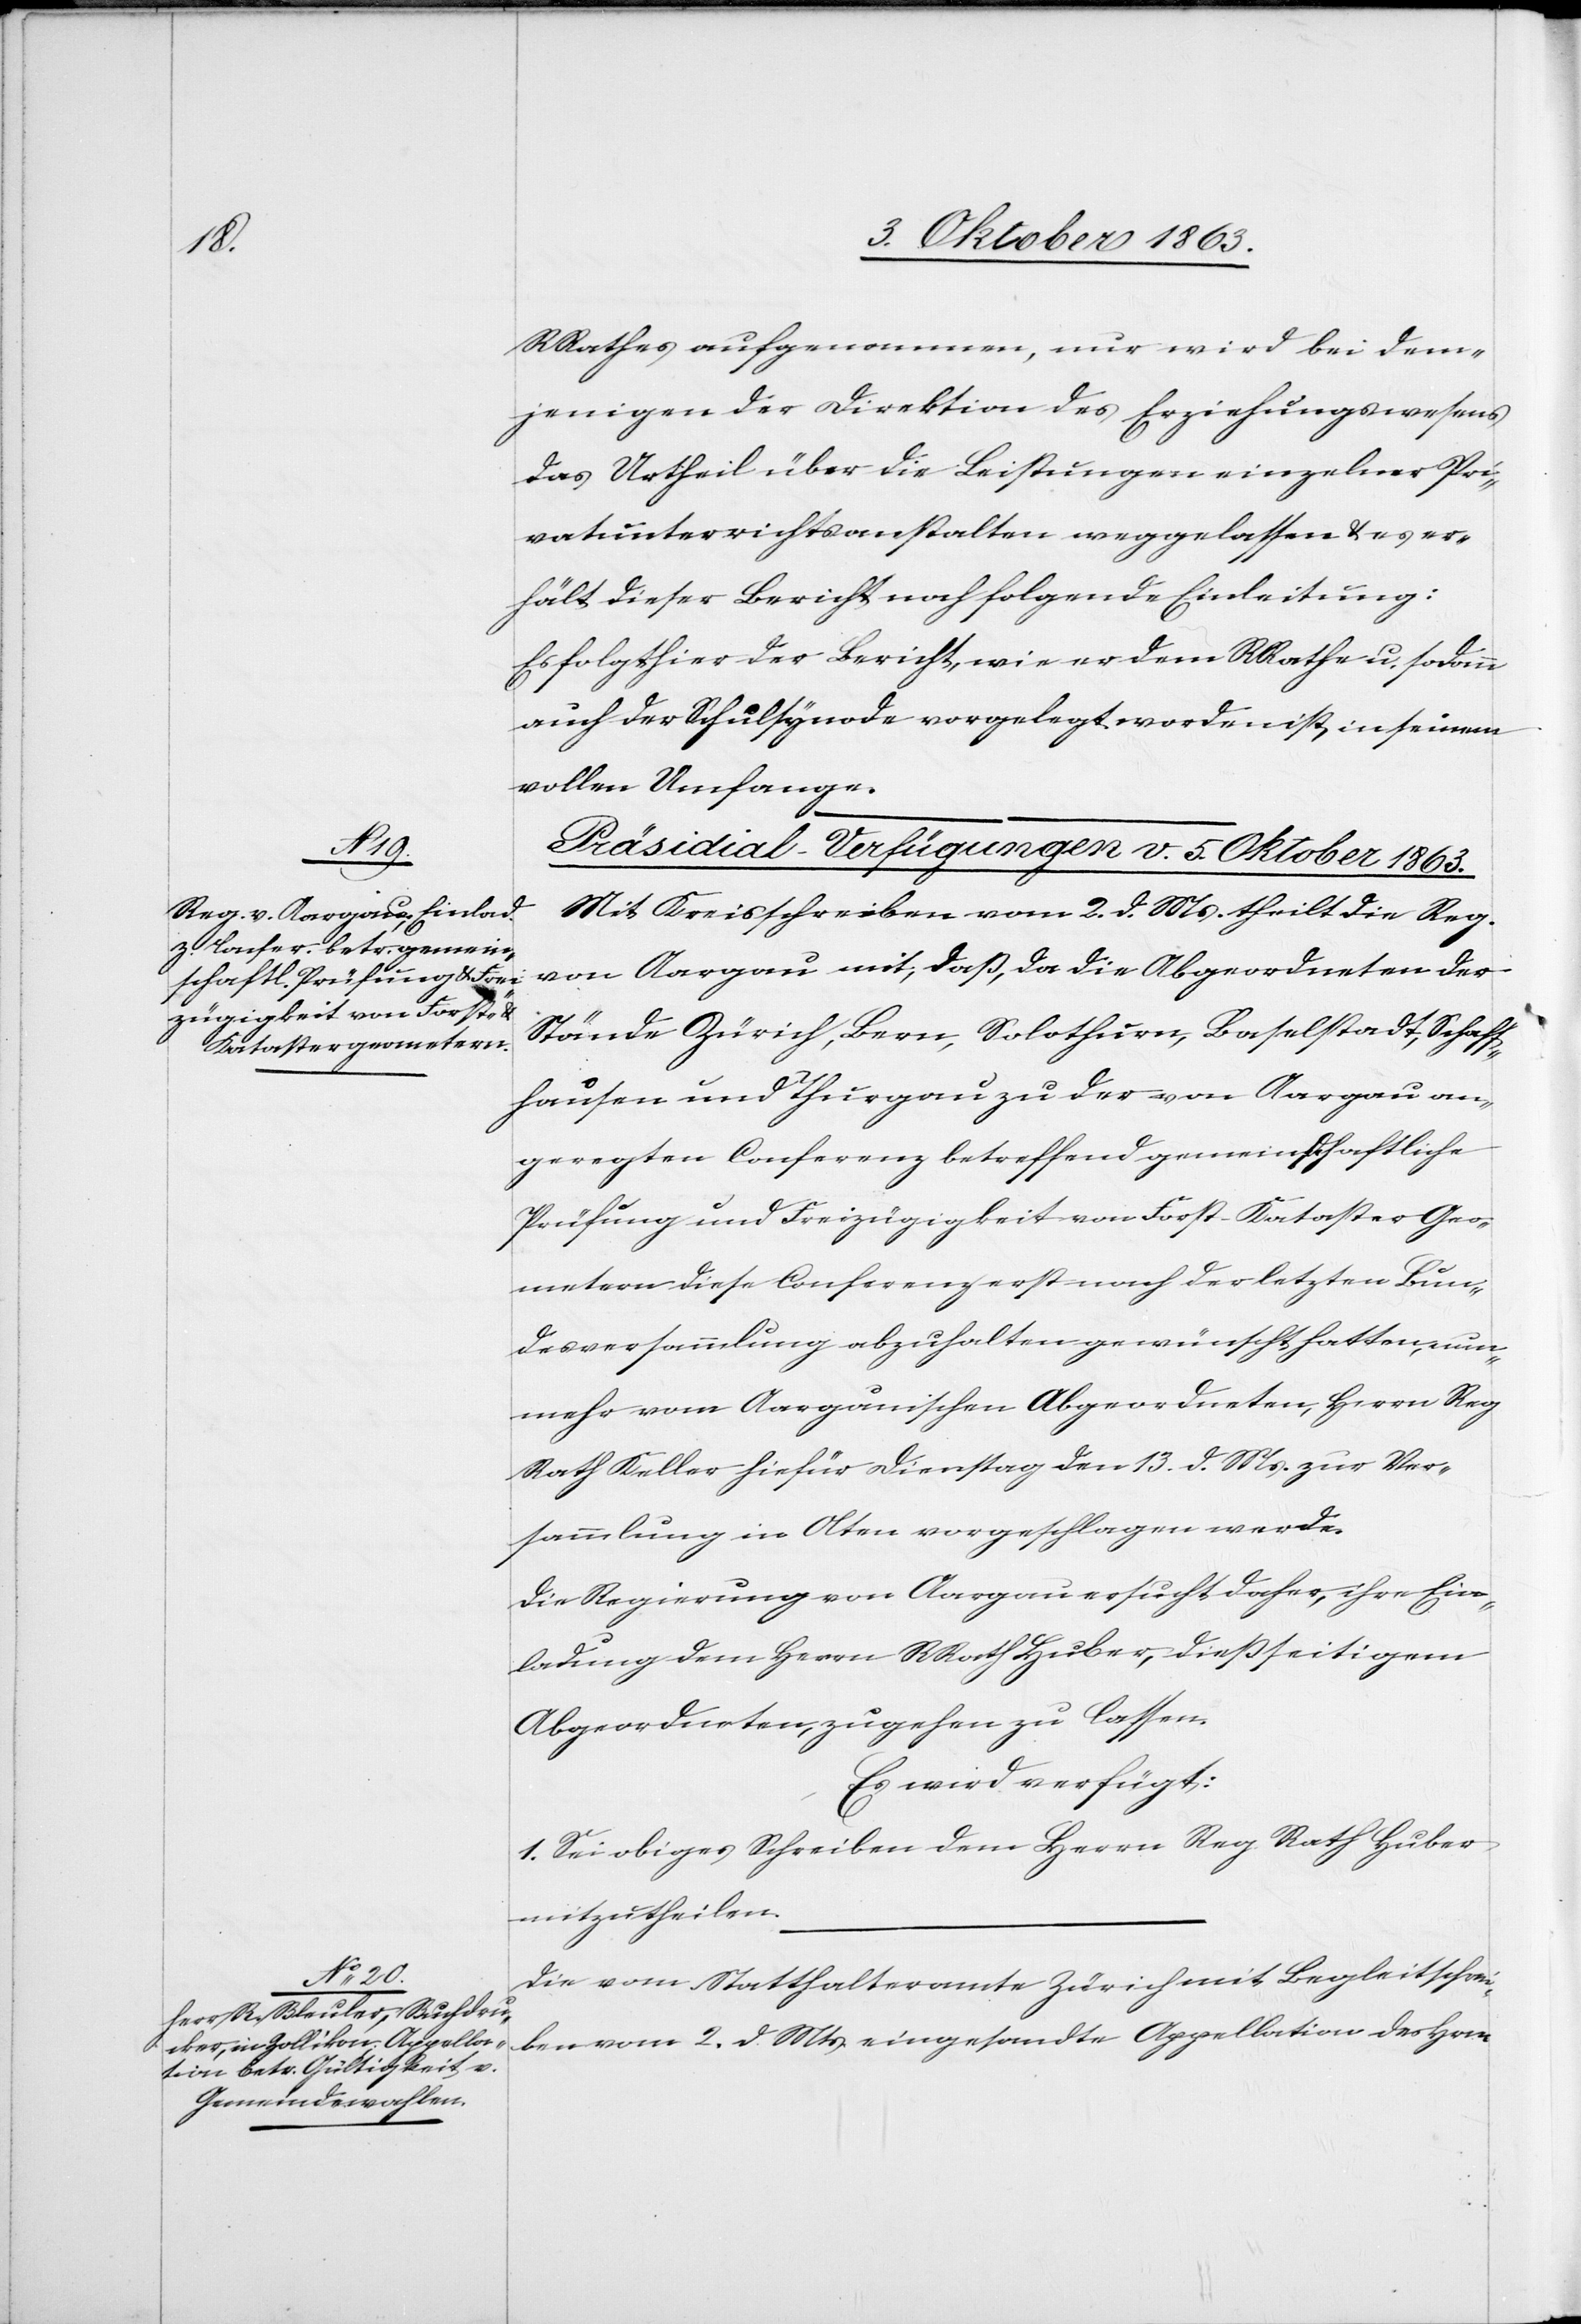
RRathes aufgenommen, nur wird bei dem¬
jenigen der Direktion des Erziehungswesens
das Urtheil über die Leistungen einzelner Pri¬
vatunterrichtsanstalten weggelassen & es er¬
hält dieser Bericht noch folgende Einleitung:
Es folgt hier der Bericht, wie er dem RRathe u. sodann
auch der Schulsynode vorgelegt worden ist, in seinem
vollen Umfange.
[Präsidial-Verfügungen v. 5. Oktober 1863.]
Mit Kreisschreiben vom 2. d. Ms. theilt die Reg.
von Aargau mit, daß, da die Abgeordneten der
Stände Zürich, Bern, Solothurn, Baselstadt, Schaff¬
hausen und Thurgau zu der von Aargau an¬
geregten Conferenz betreffend gemeinschaftliche
Prüfung und Freizügigkeit von Forst-Kataster-Geo¬
metern diese Conferenz erst nach der letzten Bun¬
desversammlung abzuhalten gewünscht hatten, nun¬
mehr vom Aargauischen Abgeordneten, Herrn Reg
Rath Keller hiefür Dienstag den 13. d. Ms. zur Ver¬
sammlung in Olten vorgeschlagen werde.
Die Regierung von Aargau ersucht daher, ihre Ein¬
ladung dem Herrn RRath Huber, dießseitigem
Abgeordneten, zugehen zu lassen.
Es wird verfügt:
1. Sei obiges Schreiben dem Herrn Reg Rath Huber
mitzutheilen.
Die vom Statthalteramte Zürich mit Begleitschrei¬
ben vom 2. d. Mts. eingesandte Appellation des Hrn.